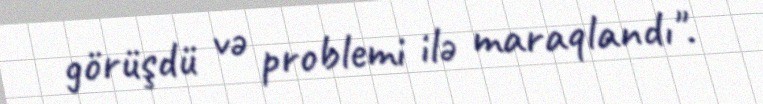
görüşdü və problemi ilə maraqlandı".